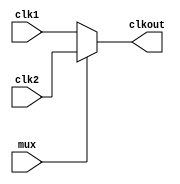
`timescale 1ns / 1ps
//////////////////////////////////////////////////////////////////////////////////
// Company: 
// Engineer: 
// 
// Design Name: 
// Module Name: mux_timer4
// Project Name: 
// Target Devices: 
// Tool Versions: 
// Description: 
// 
// Dependencies: 
// 
// Revision:
// Revision 0.01 - File Created
// Additional Comments:
// 
//////////////////////////////////////////////////////////////////////////////////


module mux_timer4(
    input mux,
    input [3:0]clk1,
    input [3:0]clk2,
    output reg [3:0] clkout
    );
    always @(mux)
        if(~mux)
            clkout <= clk1;
        else
            clkout <= clk2;
endmodule